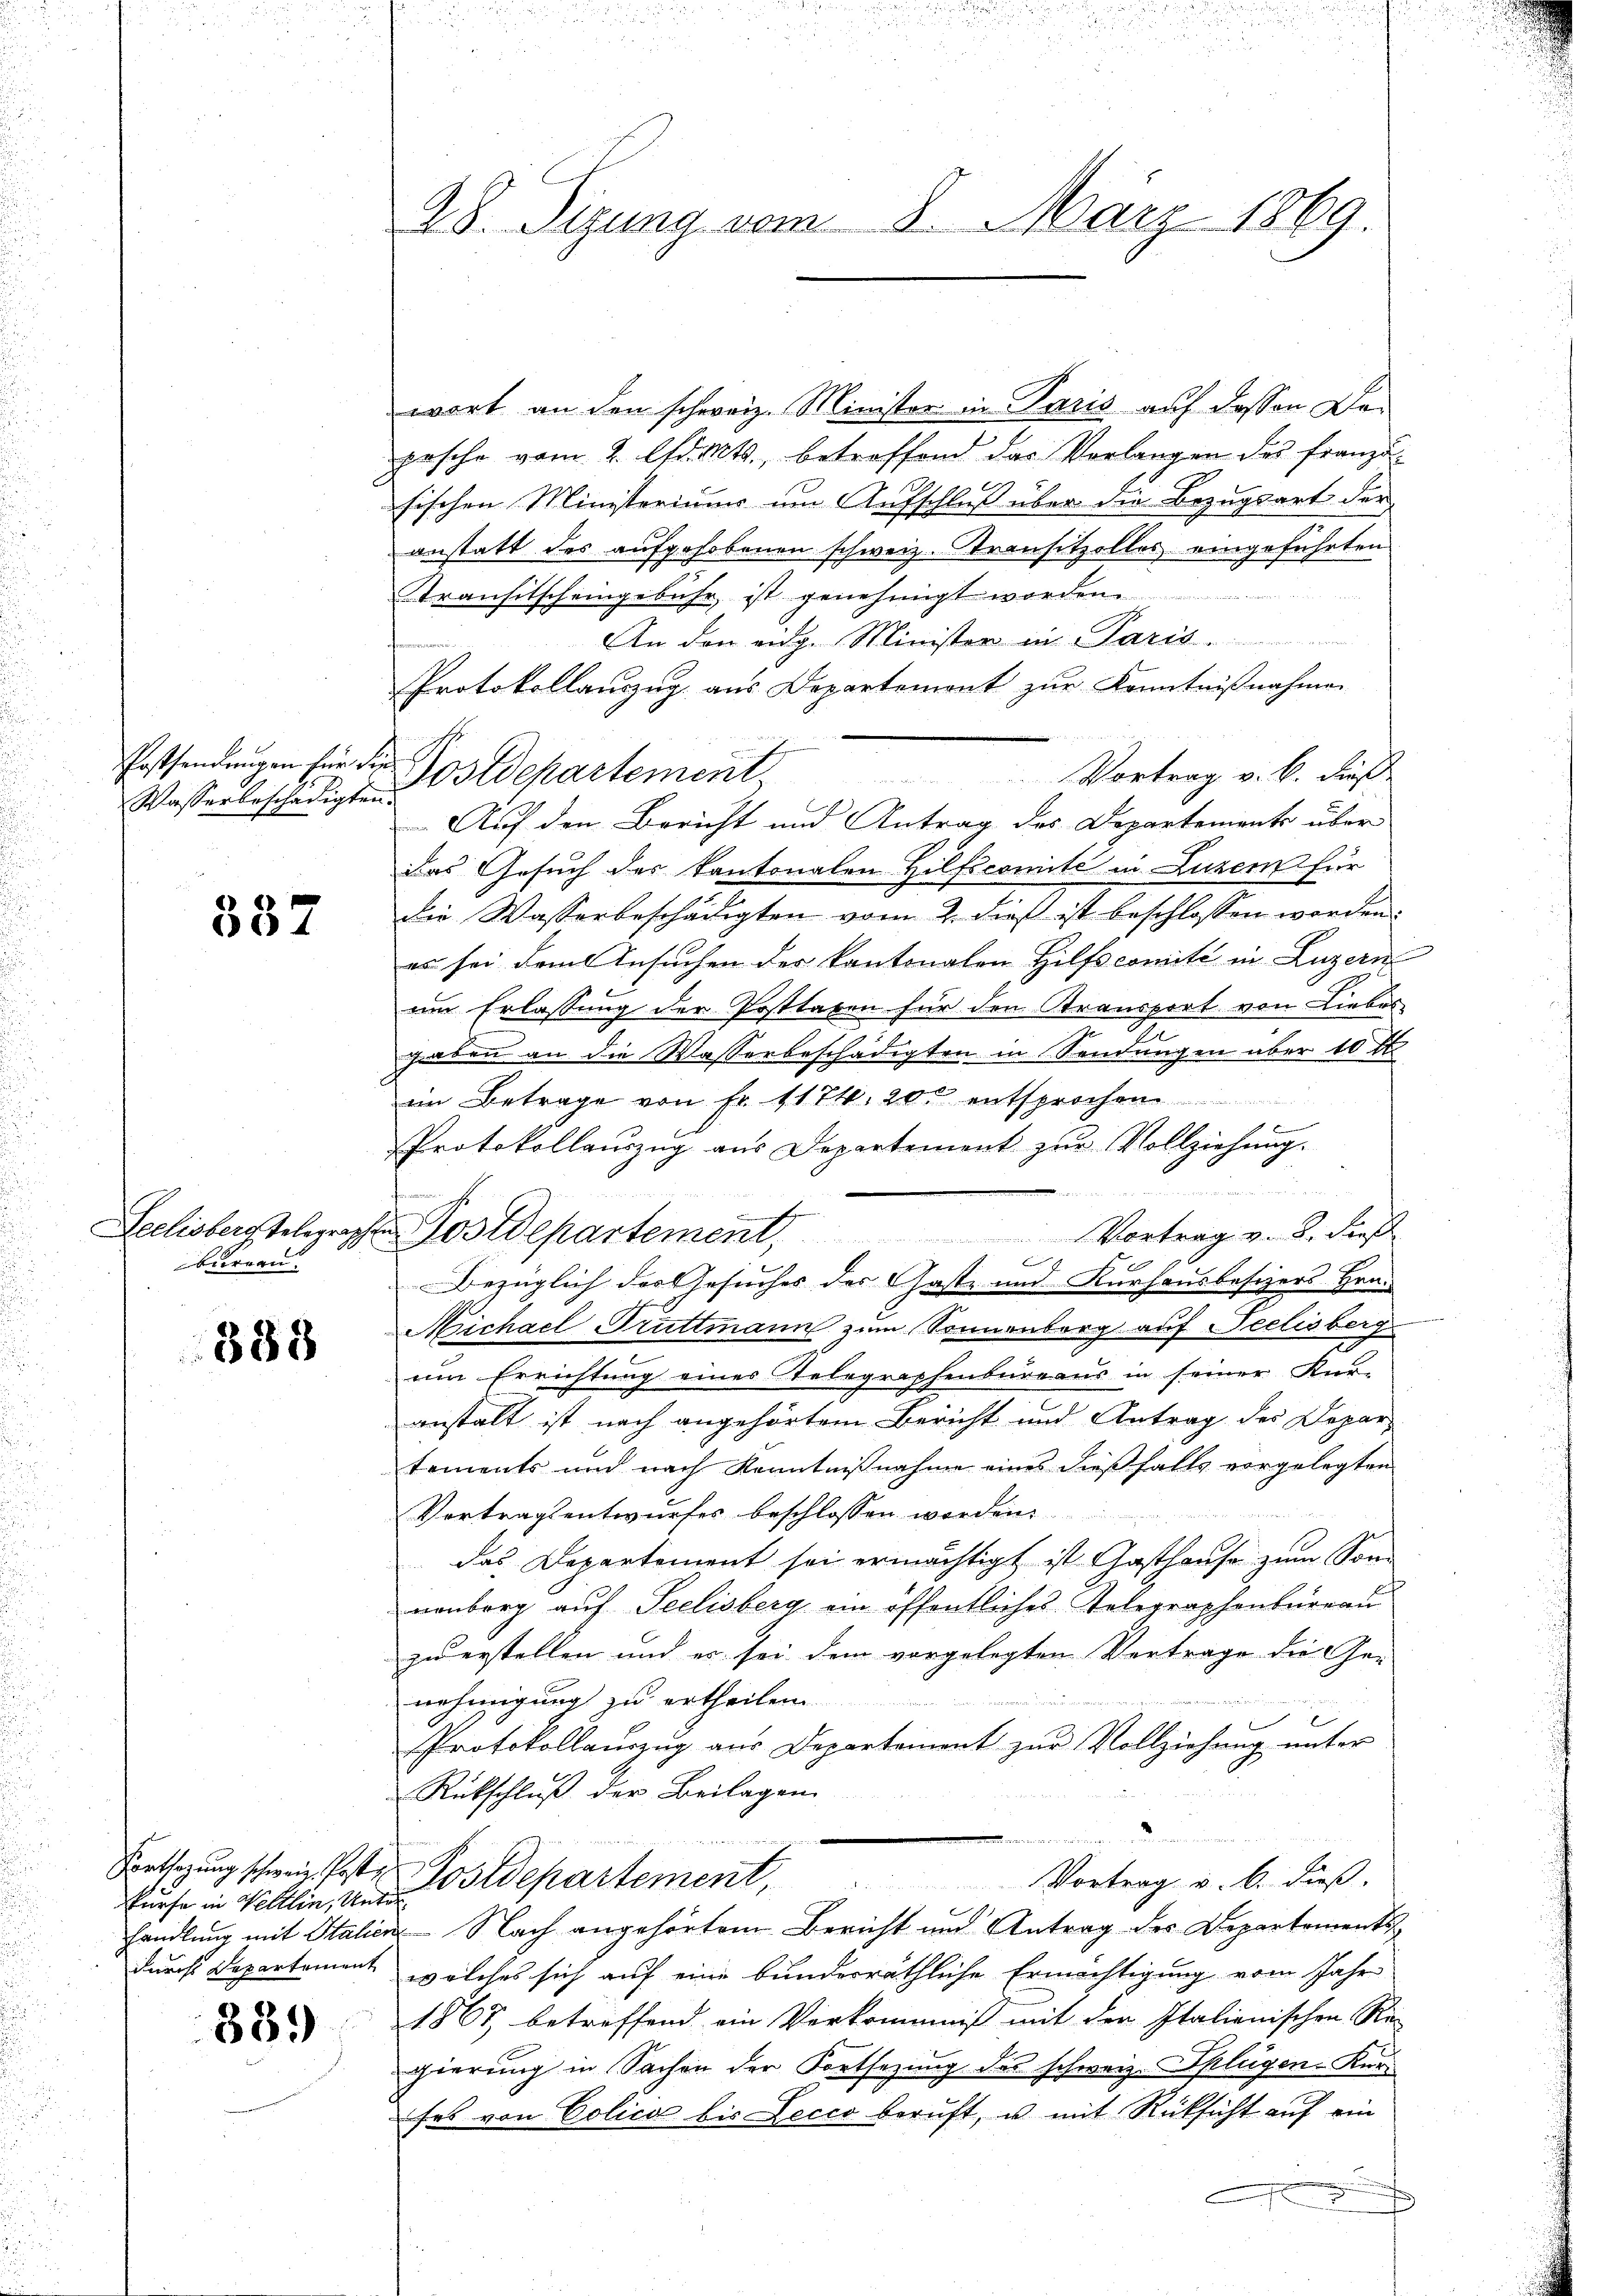
Wasserbeschädigten.

537

bureau.

388

kurse in Weltlin, Unter

389)

28. Sizung vom 8. März 1869.

wort an den schweiz. Minister in Paris auf dessen Depesche vom 2. Chr. Mts., betreffend das Verlangen des Französischen Ministeriums um Aufschluß über die Bezugsart der
anstatt des aufgehobenen schweiz. Transitzolles eingeführten
Transitscheingebühr, ist genehmigt worden.
An den eidg. Minister in Paris.
Protokollauszug aus Departemont zur Kenntnißnahmen
Possendungen für die Postdepartement
Vortrag v. k. Fuß
Auf den Bericht und Antrag des Departement über
Das Gesuch des Kantonalen Hilfscomité in Luzern für
die Wasserbeschädigten vom 2. dieß ist beschlossen werden.
es sei dem Ansuchen der kantonalen Hilfscomité in Luzern
im Erlassung der Posttaxen für den Stransport von Liebes
2 S.
gaben an die Wasserbeschädigten in Sendungen über 10 t
im Betrage von Fr. 1174. 200 entsprochen
Protokollauszug aus Departement zŭr Vollziehung.
d

Leelisberg telegraphen Postdepartement, Vortrag v. 8. dieß
.
.
Bezüglich des Gesuches des Gaste und Kurhausbesizers Hrn.
Michael Truttmann zum Sonnenberg auf Seelisberg
um Errichtung eines Telegraphenbureaus in seiner Kur-
anstalt ist nach angehörtem Bericht und Antrag des Depar-
tements und nach Kenntnißnahme eines dießfalls vorgelegten
Vortragsentwurfes beschlossen worden
das Departement sei ermächtigt ist Gasthause zum Son-
venberg auf Seelisberg ein öffentliches Telegraphenbeireau
zu erstellen und es sei dem vorgelegten Vertrage die Ge-
nehmigung zu ertheilen
u
Protokollauszug aus Departement zur Vollziehung unter
Rückschluß der Beilagen
Kntsagung schweiz. Poste Postdepartement, Vortrag u. b. dieβ.
handlung mit Italien Nach angehörtem Bericht und Antrag des Departements¬
Durch Departement, welches sich auf eine bunderräthliche Ermächtigung vom Jahr
1867 betreffend ein Verkommniß mit der Italienischen Re-
gierung in Sachen der Fortsetzung des schweiz. Splügen-Ker
ses von Colica bis Lecco beruft, u. mit Rücksicht auf ein